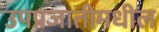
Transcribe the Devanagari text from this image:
उपप्रजातीमधील